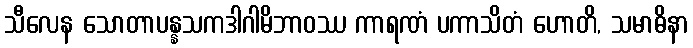
သီလေန သောတာပန္နသကဒါဂါမိဘာဝဿ ကာရဏံ ပကာသိတံ ဟောတိ, သမာဓိနာ